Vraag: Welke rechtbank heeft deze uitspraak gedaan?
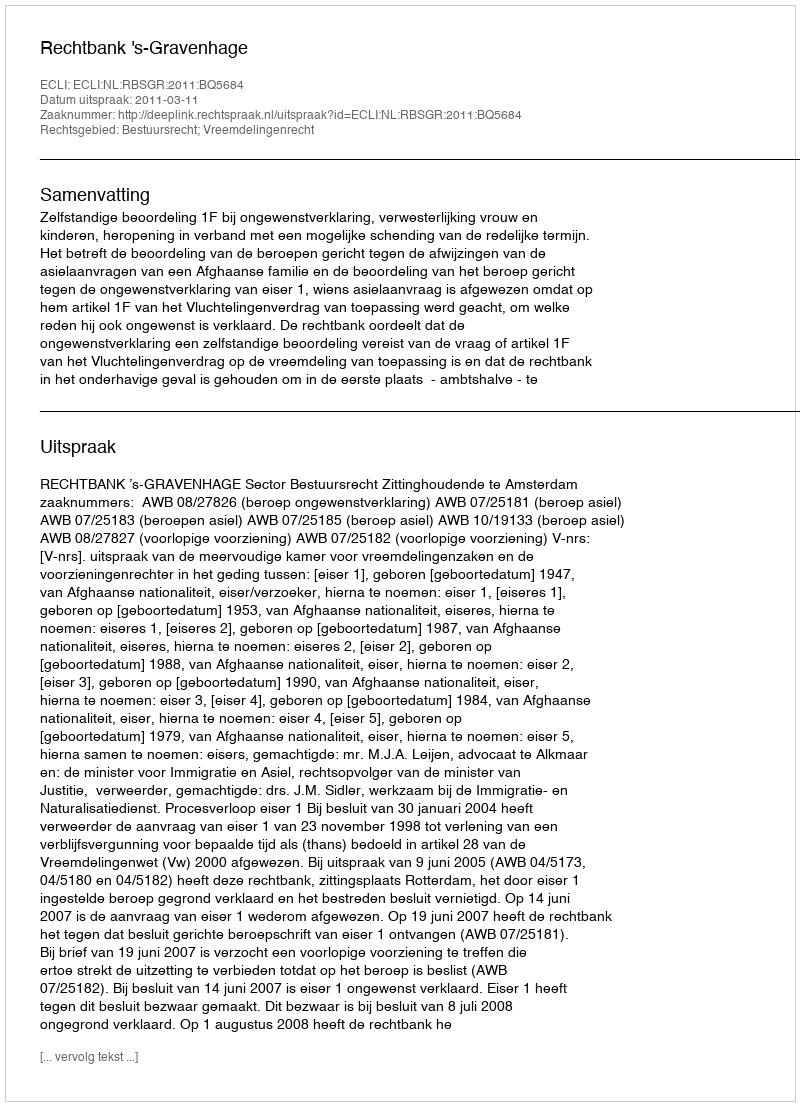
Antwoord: Rechtbank 's-Gravenhage